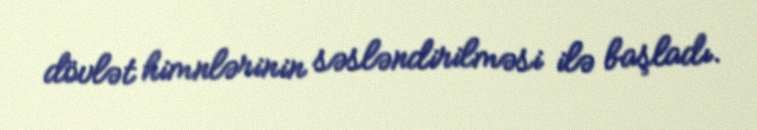
dövlət himnlərinin səsləndirilməsi ilə başladı.